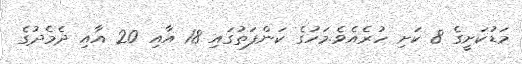
މަޑުކަށީގެ 8 ކަށި ހުރެއެވެ.މަހުގެ ކަންފަތުގައި 18 އާއި 20 އާއި ދެމެދުގެ